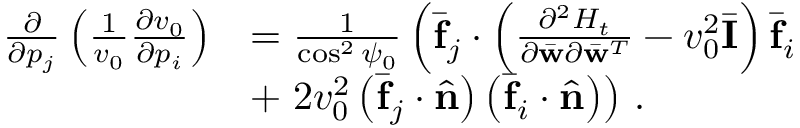
\begin{array} { r l } { \frac { \partial } { \partial p _ { j } } \left( \frac { 1 } { v _ { 0 } } \frac { \partial v _ { 0 } } { \partial p _ { i } } \right) } & { = \frac { 1 } { \cos ^ { 2 } \psi _ { 0 } } \left( \bar { \bf f } _ { j } \cdot \left( \frac { \partial ^ { 2 } { \cal H } _ { t } } { \partial \bar { \bf w } \partial \bar { \bf w } ^ { T } } - v _ { 0 } ^ { 2 } \bar { \bf I } \right) \bar { \bf f } _ { i } \right. } \\ & { + \left. 2 v _ { 0 } ^ { 2 } \left( \bar { \bf f } _ { j } \cdot \hat { \bf n } \right) \left( \bar { \bf f } _ { i } \cdot \hat { \bf n } \right) \right) \, . } \end{array}